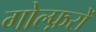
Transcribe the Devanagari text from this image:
गोल्फ़रों